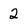
Character: 2